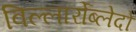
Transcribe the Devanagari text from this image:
विल्लार्रोब्लेदो